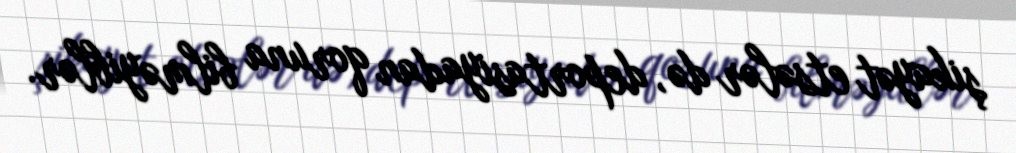
şikayət etsələr də, deportasiyadan qoruna bilməyiblər.